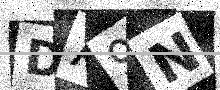
Text: DA9N